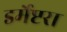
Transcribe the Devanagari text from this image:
डर्मेप्टरा